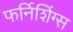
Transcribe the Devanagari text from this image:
फर्निशिंग्स